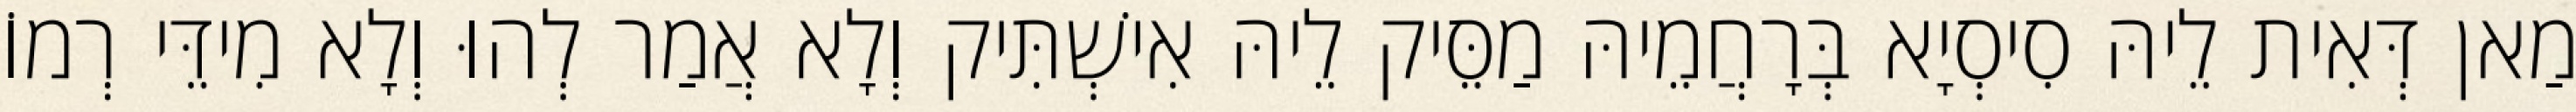
מַאן דְּאִית לֵיהּ סִיסְיָא בְּרָחֲמֵיהּ מַסֵּיק לֵיהּ אִישְׁתִּיק וְלָא אֲמַר לְהוּ וְלָא מִידֵּי רְמוֹ